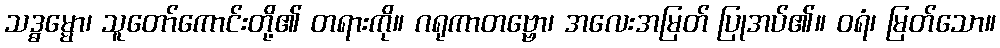
သဒ္ဓမ္မော၊ သူတော်ကောင်းတို့၏ တရားကို။ ဂရုကာတဗ္ဗော၊ အလေးအမြတ် ပြုအပ်၏။ ဝရံ၊ မြတ်သော။